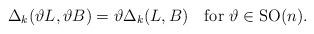
LaTeX: \begin{align*}\Delta_k(\vartheta L,\vartheta B)=\vartheta\Delta_k(L,B) \quad\mbox{for } \vartheta\in{\rm SO}(n).\end{align*}